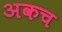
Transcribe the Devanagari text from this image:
अकच